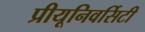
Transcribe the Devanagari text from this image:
प्रीयूनिवर्सिटी